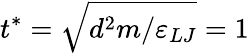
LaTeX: t^{*}=\sqrt{d^{2}m/\varepsilon_{LJ}}=1